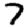
Digit: 7